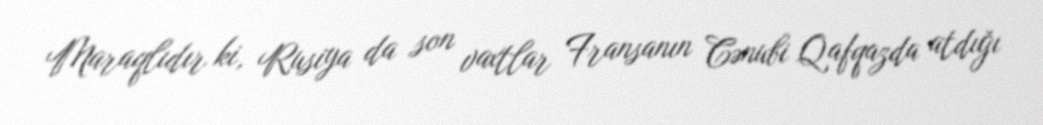
Maraqlıdır ki, Rusiya da son vaxtlar Fransanın Cənubi Qafqazda atdığı